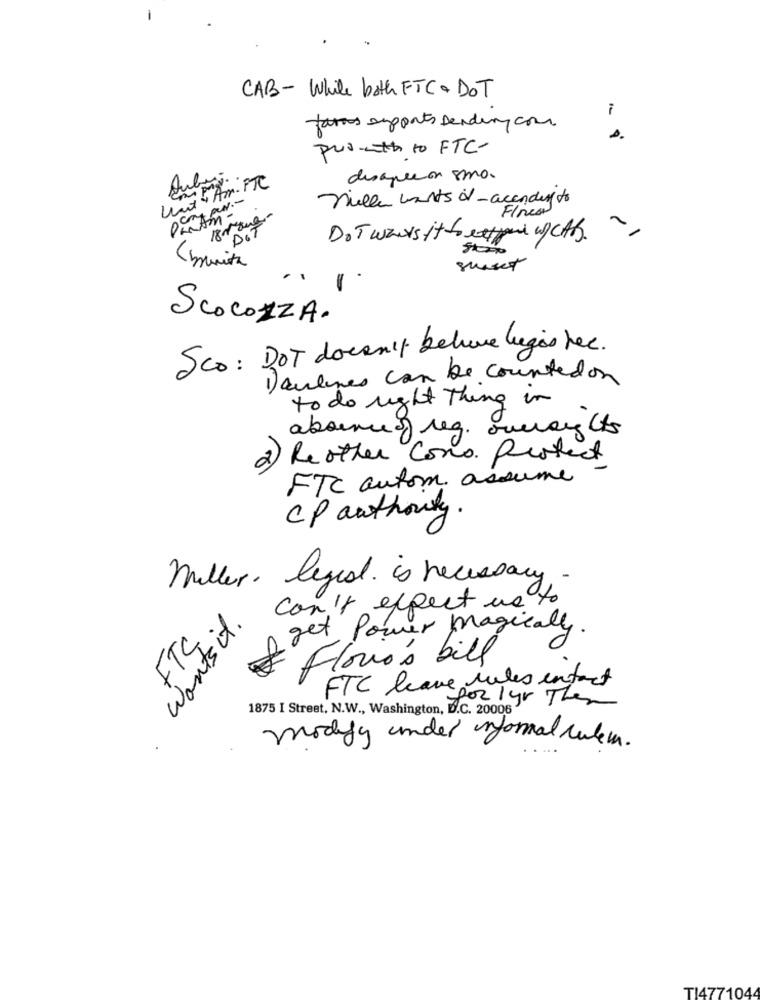
CAB- While both FTC+ DOT
fars exports sending com
9
pus-moth to FTC-
Und AmiFTC
Dubai.
desarecon smo.
null wants it - according to
Flores
18 que
DoT wars it foretpour w/ CAK.
<brunito
ScoCOZZA.
Sco: DOT doesn't believe ligas fee.
1) antunes can be counted on
to do right thing in
2) Reother Como. Protect
FTC autom assume
CP authority.
miller, legisl. is necessary
can't expect ws to
Wants it.
get Power magically.
FTC.
Florios bill
FTC leave rules infact
1875 I Street, N.W ., Washington, D.C. 20006
for 1 yr Then
modify under normal culem.
TI4771044